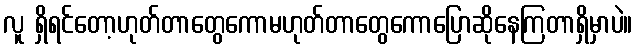
လူ ရှိရင်တော့ဟုတ်တာတွေကောမဟုတ်တာတွေကောပြောဆိုနေကြတာရှိမှာပဲ။